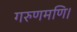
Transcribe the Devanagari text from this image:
गरुणमणि।